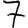
Digit: 7